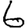
Digit: 6